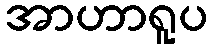
အာဟာရူပ